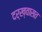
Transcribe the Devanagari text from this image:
दर्ख्वासत